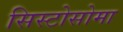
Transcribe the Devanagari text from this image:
सिस्टोसोमा